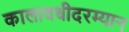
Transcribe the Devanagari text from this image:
कालावधीदरम्यान